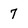
Character: 7